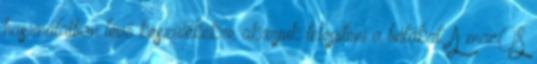
használatban lévő készülékekre akarjuk telepíteni a bétákat. A macOS